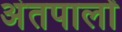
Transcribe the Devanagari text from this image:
अंतपालों